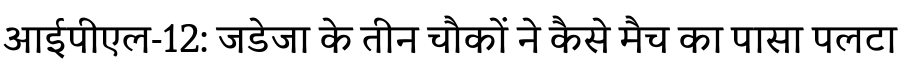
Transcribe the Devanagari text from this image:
आईपीएल-12: जडेजा के तीन चौकों ने कैसे मैच का पासा पलटा